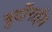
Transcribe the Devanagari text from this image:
बुर्दोनाईस